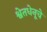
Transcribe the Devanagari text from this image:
श्वेतधेनूचे